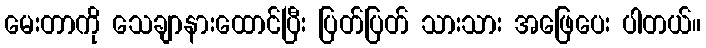
မေးတာကို သေချာနားထောင်ပြီး ပြတ်ပြတ် သားသား အဖြေပေး ပါတယ်။